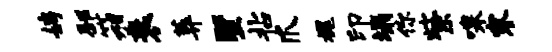
娉邳箱衰葬墅拈爪槐印塌你紫嗥寥